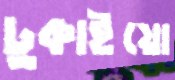
ঢুকাইয়ো